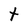
Character: t